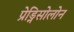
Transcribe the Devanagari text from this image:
प्रेड्निसोलोन